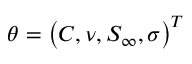
\boldsymbol { \theta } = \left( C , \nu , S _ { \infty } , \sigma \right) ^ { T }